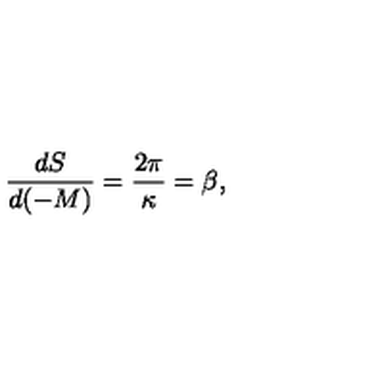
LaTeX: \frac { d S } { d ( - M ) } = \frac { 2 \pi } { \kappa } = \beta ,